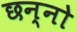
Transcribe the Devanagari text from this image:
छन्नो